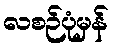
လစဉ်ပုံမှန်